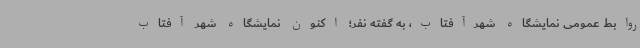
روابط عمومی نمایشگاه شهرآفتاب، به گفته نفر؛ اکنون نمایشگاه شهر آفتاب